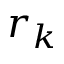
r _ { k }